Report of the Municipal Commissioner on the plague in Bombay for the year ending 31st May... - Volume 2
Disease focus: Plague
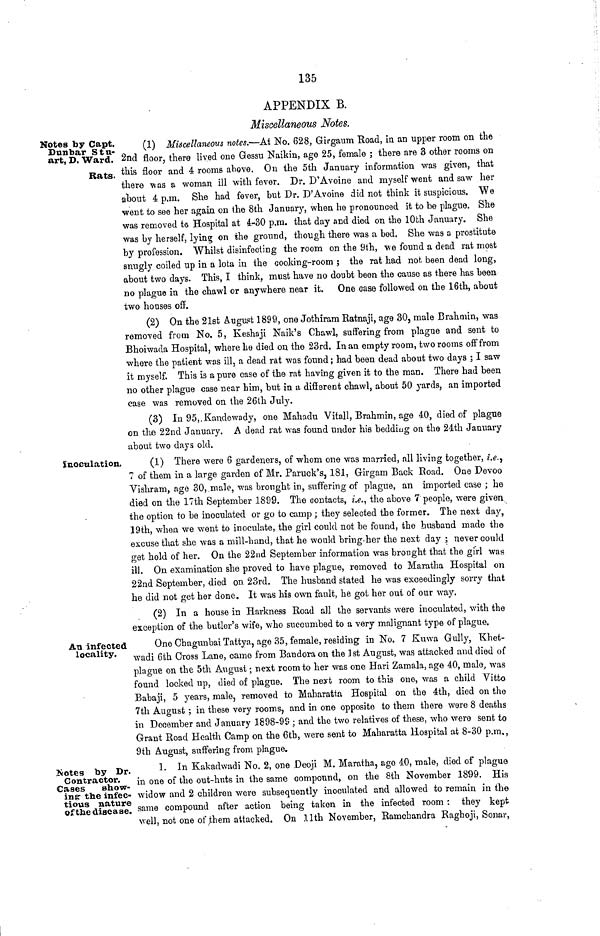
135
APPENDIX B.
Miscellaneous Notes.
Notes by Capt.
Dunbar Stu-
art, D. Ward.
Rats.
(1) Miscellaneous notes.—At No. 628, Girgaum Road, in an upper room on the
2nd floor, there lived one Gessu Naikin, age 25, female ; there are 3 other rooms on
this floor and 4 rooms above. On the 5th January information was given, that
there \vas a woman ill with fever. Dr. D'Avoine and myself went and saw her
about 4 p.m. She had fever, but Dr. D'Avoine did not think it suspicious. We
went to see her again on the 8th January, when he pronounced it to be plague. She
was removed to Hospital at i-30 p.m. that day and died on the 10th January. She
was by herself, lying on the ground, though there was a bed. She was a prostitute
by profession. Whilst disinfecting the room on the 9th, we found a dead rat most
snugly coiled up in a lota in the cooking-room ; the rat had not been dead long,
about two days. This, I think, must have no doubt been the cause as there has been
no plague in the chawl or anywhere near it. One case followed on the 16th, about
two houses off.
(2) On the 21sfc August 1899, one Jothiram Ratnaji, age 30, male Brahmin, was
removed from No. 5, Iveshaji Naik's Chawl, suffering from plague and sent to
Bhoiwada Hospital, where he died on the 23rd. In an empty room, two rooms off from
where the patient was ill, a dead rat was found; had been dead about two days ; I saw
it myself. This is a pure case of the rat having given it to the man. There had been
no other plague oase near him, but in a different chawl, about 50 yards, an imported
case was removed on the 26th July.
(3) In 95,.Kandewady, one Mahadu Vitall, Brahmin, age 40, died of plague
on the 22nd January. A dead rat was found under his bedding on the 24th January
about two days old.
inoculation,
(1) There were 6 gardeners, of whom one was married, all living together, z,<?.,
T of them in a large garden of Mr. Paruck's, 181, Girgam Back Eoad. One Devoo
Vishram, age 30, male, was brought in, suffering of plague, an imported case ; he
died on the 17th September 1899. The contacts, i.e., the above 7 people, were given
the option to be inoculated or go to camp ; they selected the former. The next day,
19th, when we went to inoculate, the girl could not be found, the husband made the
excuse that she was a mill-hand, that he would bring.her the next day j never could
get hold of her. On the 22nd September information was brought that the girl was
ill. On examination she proved to have plague, removed to Maratha Hospital on
22nd September, died on 23rd. The husband stated he was exceedingly sorry that
he did not get her done. It was his own fault, he got her out of our way.
(2) In a house in Harkness Road all the servants were inoculated, with the
exception of the butler's wife, who succumbed to a very malignant type of plague.
An infected
locality.
One Chagunbai Tattya, age 35, female, residing in No. 7 Euwa Gully, Khet-
wadi 6th Cross Lane, came from Bandora on the Isi August, was attacked and died of
plague on the 5th August; next room to her was one Hari Zamala, age 40, male, was
found locked up, died of plague. The neyt room to this one, was a child Vitto
Babaji, 5 years, male, removed to Maharatta Hospital on the 4th, died on the
7th August ; in these very rooms, and in one opposite to them there were 8 deaths
in December and January 1898-99 ; and the two relatives of these, who were sent to
Grant Road Health Camp on the 6th, were sent to Maharatta Hospital at 8-30 p.m.,
9th August, suffering from plague.
Jvotes by Dr.
Contractor.
Cases
show-
ing- the infec-
tious nature
of the disease.
1. In Kakadwadi No. 2, one Deoji M. Maratha, age 40, male, died ot plague
in one of the out-huts in the same compound, on the 8th November 1899. His
widow and 2 children were subsequently inoculated and allowed to remain in the
same compound after action being taken in the infected room: they kept
well, not one of ;them attacked. On llth November, Ranacbandra Raghoji, Sonar,